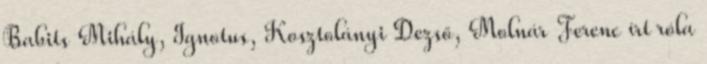
Babits Mihály, Ignotus, Kosztolányi Dezső, Molnár Ferenc írt róla